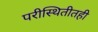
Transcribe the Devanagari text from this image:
परीस्थितीतही